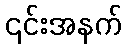
၎င်းအနက်